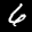
Label: 6